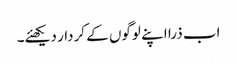
اب ذرا اپنے لوگوں کے کردار دیکھئے۔